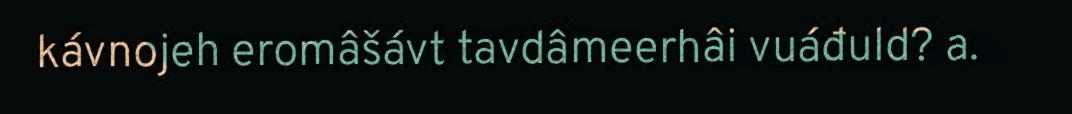
kávnojeh eromâšávt tavdâmeerhâi vuáđuld? a.